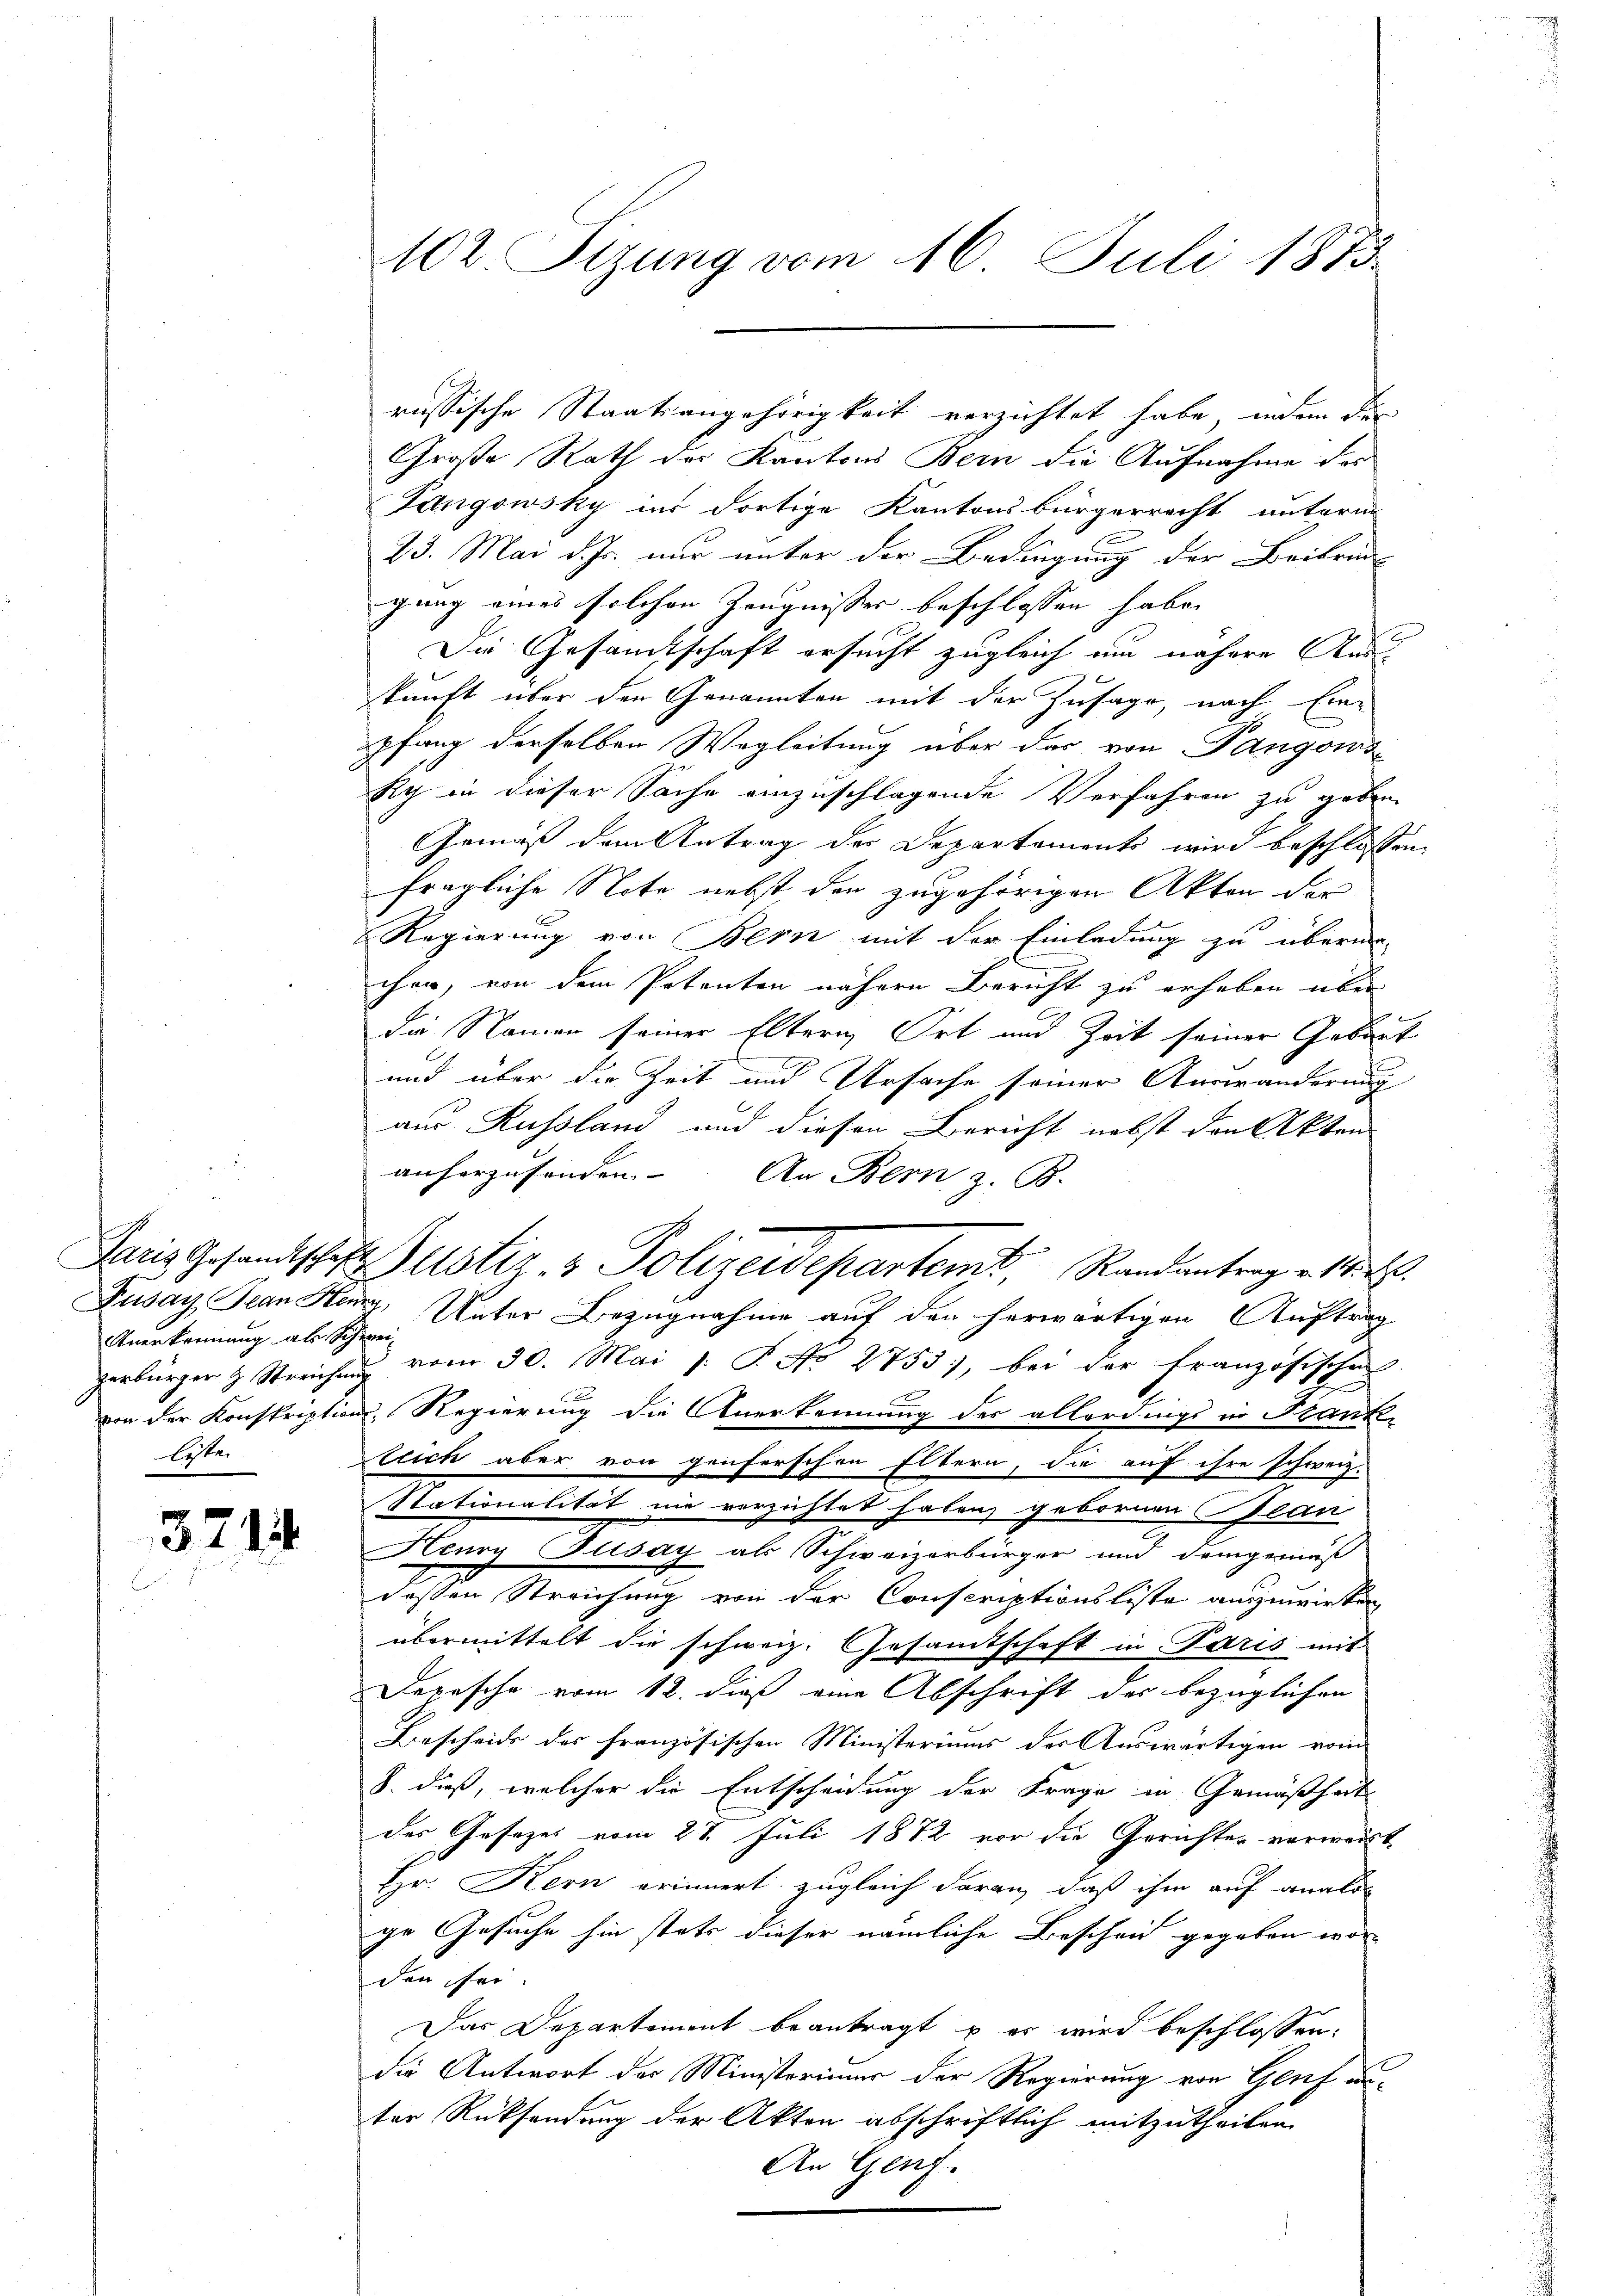
Anerkennung als Schwei
lister.

3714.

102. Sizung vom 16. Juli 1873.

russische Staatsangehörigkeit verzichtet habe, indem die
Große Rath des Kantons Bern die Aufnahme der
Fangowsky ins dortige Kantonsbürgerrecht unterm
23. Mai d. Js. nur unter der Bedingung der Beibrin
gung eines solchen Zeugnisser beschlossen habe.
Die Gesandtschaft ersucht zugleich um nähere Auss
kunft über den Genannten mit der Zusage, nach Ein-
pfang derselben Wegleitung über der von Pangono
Ry in dieser Sache einzuschlagende Verfahren zu geben
Gemäß dem Antrag des Departements wird beschlossen,
fragliche Note nebst der zugehörigen Akten der
Regierung von Bern mit der Einladung zu überma-
chen, von dem Petenten nähern Bericht zu erheben über
die Namen seiner Eltern Ort und Zeit seiner Gebaut
2
und über die Zeit und Ursache seiner Auswanderung
aus Russland und diesen Bericht nebst den Akten
anherzusonden. An Bern z. B.
Fusay Jean Stenz, Unter Bezugnahme auf den herwärtigen Auftrag
zerbürger & Streichung vom 30. Mai l. P. No 2753), bei der Französischen
von der Konskriptions-Regierung die Anerkennung der allerdings in Frank-
tlich aber von genferschen Eltern, die auf ihre schweiz.
Stationalität nie verzichtet haben, gebornen Glan
Henry Pusay als Schweizerbürger und demgemäß
deßen Streichung von der Conscriptionsliste auszuwirken
übermittelt die schweiz. Gesamtschaft in Paris mit
Depesche vom 12. dieß eine Abschrift der bezüglichen
Bescheide des französischen Ministeriums der Auswärtigen vom
S. dieß, welcher die Entscheidung der Frage in Gemäßheit
der Gesezes vom 27. Juli 1872 vor die Gerichter verweist,
Hr. Kern erinnert zugleich daran, daß ihm auf analo
ge Gesuche hin stets dieser nämliche Bescheid gegeben wor-
den sei.
Das Departement beantragt u es wird beschlossen:
die Antwort der Ministerimus der Regierung von Genf anter Rücksendung der Akten abschriftlich mitzutheilen.
An Genf.

Paris Gesandtschaft Zustiz- & Polizeidepartemt, Randantrag v. 18. d.